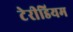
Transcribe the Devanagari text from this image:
टेरीडियम